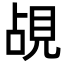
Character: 覘